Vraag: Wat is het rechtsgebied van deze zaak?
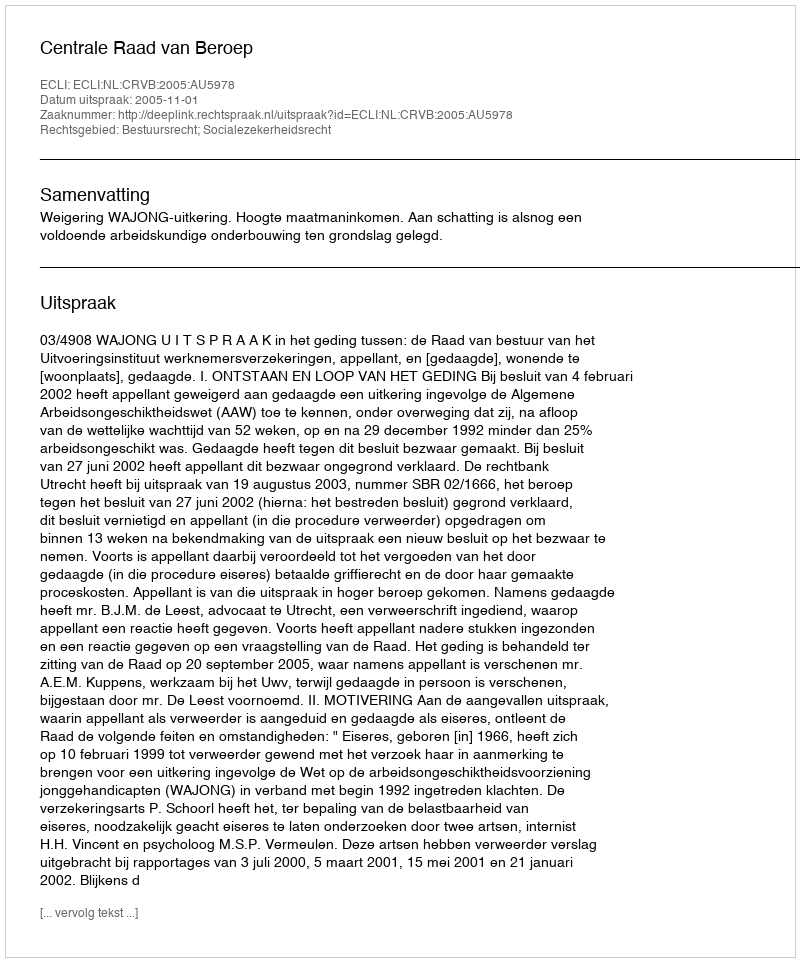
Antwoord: Bestuursrecht; Socialezekerheidsrecht